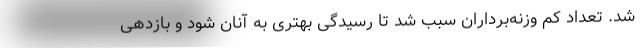
شد. تعداد کم وزنه‌برداران سبب شد تا رسیدگی بهتری به آنان شود و بازدهی